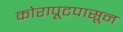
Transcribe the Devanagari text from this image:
कोरापूटपासून